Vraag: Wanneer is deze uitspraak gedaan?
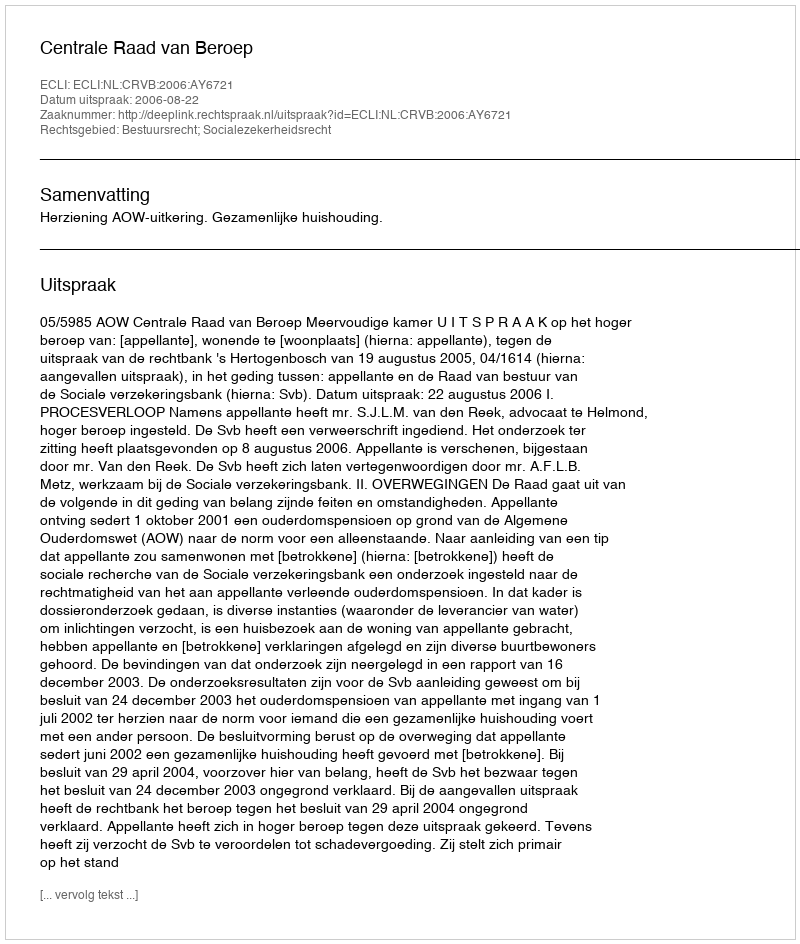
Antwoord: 2006-08-22